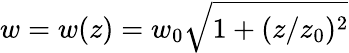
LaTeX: w=w(z)=w_{0}\sqrt{1+(z/z_{0})^{2}}